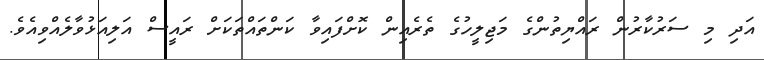
އަދި މި ސަރުކާރުން ރައްޔިތުންގެ މަޖިލީހުގެ ތެރެއިން ކޮށްފައިވާ ކަންތައްތަކަށް ރައީސް އަލިއަޅުވާލެއްވިއެވެ.